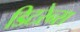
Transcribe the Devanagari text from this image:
डिटरेन्स